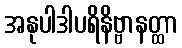
အနုပါဒါပရိနိဗ္ဗာနတ္ထာ